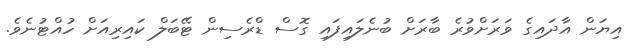
އިޔަން އާދައިގެ ވަރަށްވުރެ ބާރަށް ބުނެލައިފައި ގޮސް ޑްރެސިން ޓޭބަލް ކައިރިއަށް ހުއްޓުނެވެ.